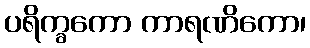
ပရိက္ခကော ကာရဏိကော၊